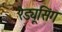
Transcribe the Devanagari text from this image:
रेड्यूसिंग